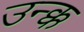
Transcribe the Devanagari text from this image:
उन्क्क